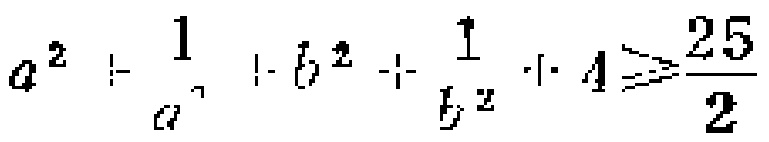
$a^{2}+\frac{1}{a^{2}}+b^{2}+\frac{1}{b^{2}} + 4\geqslant\frac{25}{2}$